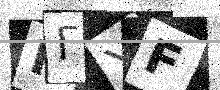
Text: IFYF